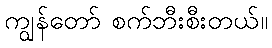
ကျွန်တော် စက်ဘီးစီးတယ်။